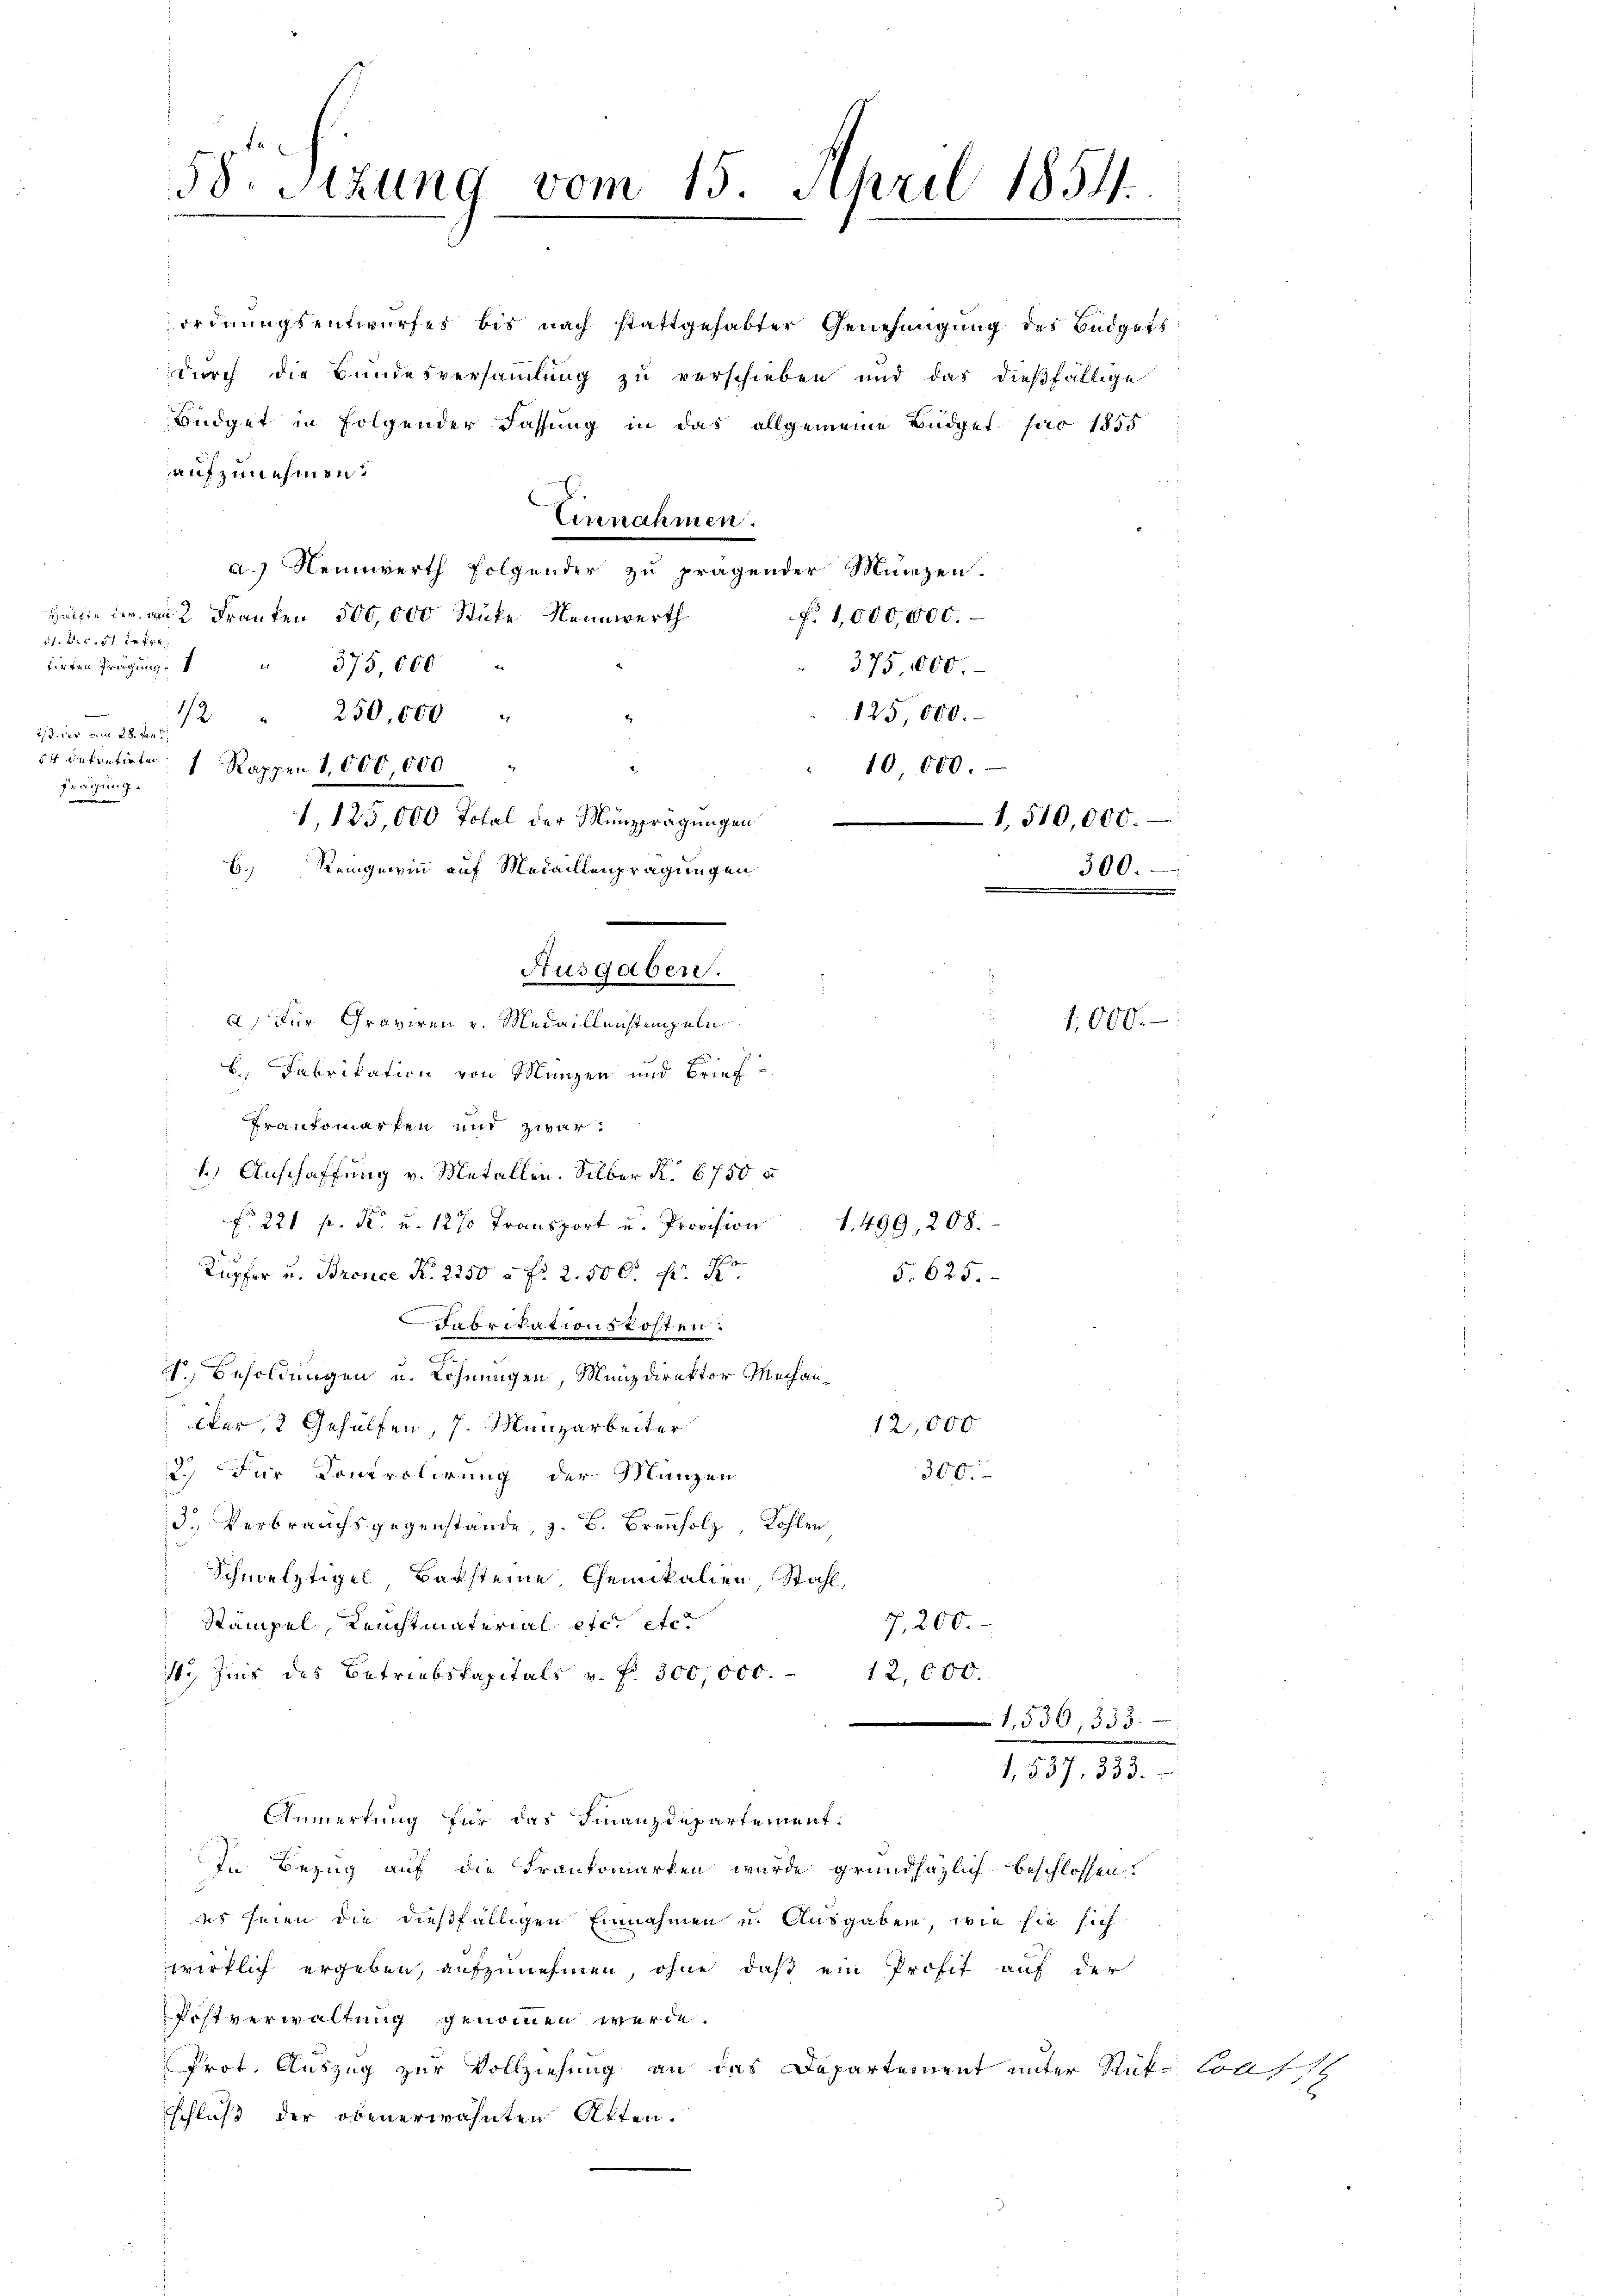
58. Sitzung vom 15. April 1854.
.

Büdget in folgender Fassung in das allgemeine Büdget pro 1855
aufzunehmen.
Einnahmen.
a.) Nennwerth folgender zu fragender Münzen.
Helfte der an 2 Franken 500,000 Stücke Nennwerth
f. 1,000,000.
dt. Dec. 1 betre
tirten Prägung.  "      "                35,000
375, 1000.-
—
12
125,000.
250,000
23. der vom 28. Jan
54 eintretirten.
10,000.
1 Rappen 1,000,000
Frägung.
d
1, 125,000 Total der Münzprägungen
6.)
Reingewinn auf Medaillenprägungen
.
Ausgaben.
A.) Für Graviren v. Medaillenstempeln
 Fabrikation von Münzen und Brief
Trautomarfen mit zwar
1.) Anschaffung v. Metallen. Silber R. 6750 u
N 221 f. F. u. 12 % Transport u. Provision  1. 499, 208.
Kupfer u. Bronce K. 2250 à Fr. 2. 500. fr. R.
5. 625.
Fabrikationskosten.
a
.
I. Besoldungen u. Lohnungen, Münzdirektor Mechan¬
Eter, 2 Gehülfen, 7. Manzarbeiter
12,000
300.
2.) Für Kontrolirung der Münzen
3.) Verbrauchsgegenstände, z. B. Brennholz, Kohlen
Schmelztigel, Barsteine, Chemikalien Stahl,
Stampel, Reichtmaterial etc. etc.
7,200.
1. Zeit des Betriebskapitals v. f. 300,000.
12,000.
1,536, 333.
1,537, 333.
Anmerkung für das Finanzdepartement.
In Bezug auf die Frankomarten wurde grundsätzlich beschlossen.
es seien die dießfälligen Einnahmen u. Ausgaben, wie sie sich
wirklich ergeben, aufzunehmen, ohne daß ein Profit auf der
Postverwaltung genommen werde.
Prot. Auszug zur Vollziehung an das Departement unter Rük- Coos
schluß der obenerwähnten Akten.

ordnungsentwurfes bis nach stattgehabter Genehmigung des Büdgets
durch die Bundesversammlung zu verschieben und das dießfällige

1,510,000.
300.

1,000.